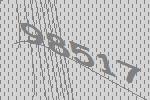
98517